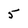
Character: 5